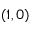
( 1 , 0 )